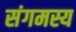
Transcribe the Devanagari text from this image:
संगमस्य